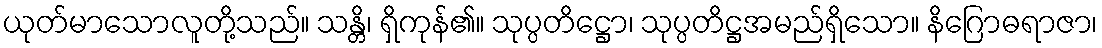
ယုတ်မာသောလူတို့သည်။ သန္တိ၊ ရှိကုန်၏။ သုပ္ပတိဋ္ဌော၊ သုပ္ပတိဋ္ဌအမည်ရှိသော။ နိဂြောဓရာဇာ၊